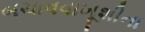
બચાવવાખૂશીના